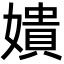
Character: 嬇